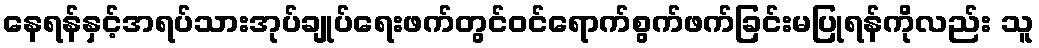
နေရန်နှင့်အရပ်သားအုပ်ချုပ်ရေးဖက်တွင်ဝင်ရောက်စွက်ဖက်ခြင်းမပြုရန်ကိုလည်း သူ